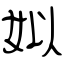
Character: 姒